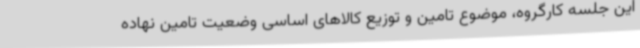
این جلسه کارگروه، موضوع تامین و توزیع کالاهای اساسی وضعیت تامین نهاده